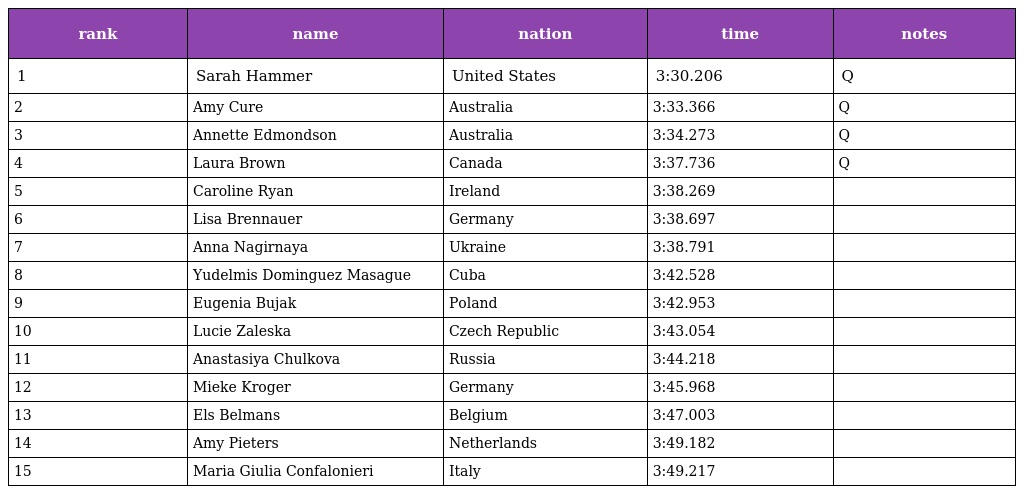
| rank | name | nation | time | notes |
 | --- | --- | --- | --- | --- |
 | 1 | Sarah Hammer | United States | 3:30.206 | Q |
 | 2 | Amy Cure | Australia | 3:33.366 | Q |
 | 3 | Annette Edmondson | Australia | 3:34.273 | Q |
 | 4 | Laura Brown | Canada | 3:37.736 | Q |
 | 5 | Caroline Ryan | Ireland | 3:38.269 |  |
 | 6 | Lisa Brennauer | Germany | 3:38.697 |  |
 | 7 | Anna Nagirnaya | Ukraine | 3:38.791 |  |
 | 8 | Yudelmis Dominguez Masague | Cuba | 3:42.528 |  |
 | 9 | Eugenia Bujak | Poland | 3:42.953 |  |
 | 10 | Lucie Zaleska | Czech Republic | 3:43.054 |  |
 | 11 | Anastasiya Chulkova | Russia | 3:44.218 |  |
 | 12 | Mieke Kroger | Germany | 3:45.968 |  |
 | 13 | Els Belmans | Belgium | 3:47.003 |  |
 | 14 | Amy Pieters | Netherlands | 3:49.182 |  |
 | 15 | Maria Giulia Confalonieri | Italy | 3:49.217 |  |